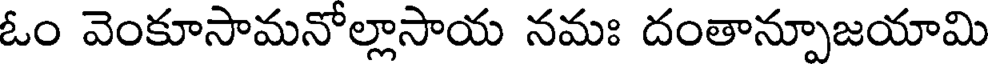
ఓం వెంకూసామనోల్లాసాయ నమః దంతాన్పూజయామి